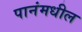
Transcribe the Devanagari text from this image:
पानंमधील